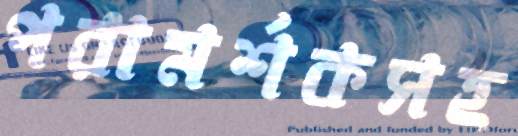
পরামর্শকসহ